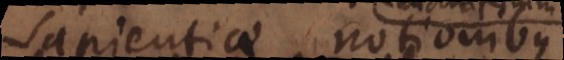
Sapientiae notionibus